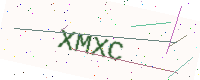
Text: XMXC